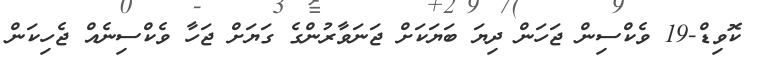
ކޮވިޑް-19 ވެކްސިން ޖަހަން ދިޔަ ބަޔަކަށް ޖަނަވާރުންގެ ގަޔަށް ޖަހާ ވެކްސިނެއް ޖެހިކަން